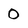
Character: 0